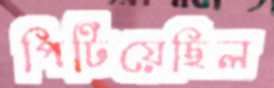
পিটিয়েছিল